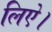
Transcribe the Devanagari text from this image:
लिऐ।